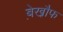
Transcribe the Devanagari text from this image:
बे़खौ़फ